Civil Veterinary Department. United Provinces 1912-22 - 1912-1922
Year: 1912
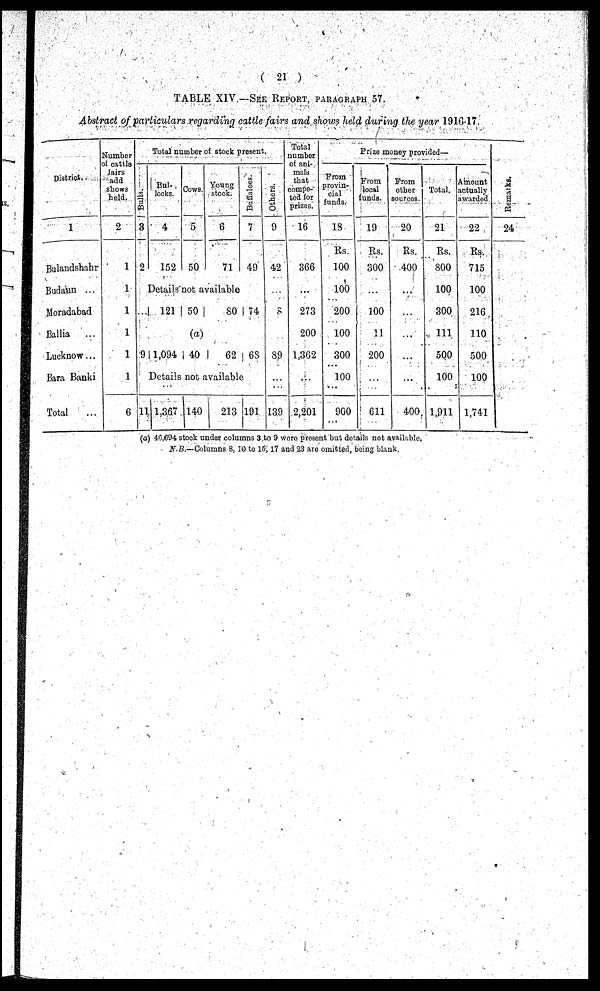
( 21 )
TABLE XIV —SEE REPORT, PARAGRAPH 57.
Abstract of particulars regarding cattle fairs and shows held during the year 1916-17.
District.
1
Bulandshahr
Budaun ...
Moradabad
Ballia ...
Lucknow...
Bara Banki
Total ...
Number
of cattle
fairs
add
shows
hold.
2
1
1
1
1
1
1
6
Total number of stock present
Balls.
3
2
9
1
Bul¬
locks.
4
152
Cows.
5
50
Young
stock.
6
71
Details not available
121
1,094
50
(a)
40
80
62
Buffaloes.
7
49
...
74
65
Details not available
1,367
140
213 191
Others.
9
42
...
8
89
...
139
Total
number
of ani-
mals
that
compe-
ted for
prizes.
16
366
...
273
200
1,362
...
2,201
Prize money provided—
From
provin-
cial
funds.
18
Rs.
100
100
200
100
300
100
900
From
local
funds.
19
Rs.
300
...
100
11
200
...
611
From
other
sources.
20
Rs.
400
...
...
...
...
...
400
Total.
21
Rs.
800
100
300
111
500
100
1,911
Amount
actually
awarded
22
Rs.
715
100
216
110
500
100
1,741
Remarks.
24
(a) 46,694 stock under columns 3 to 9 wore present but details not available.
N.B.—Columns 8, 10 to 15, 17 and 23 arc omitted, being blank.